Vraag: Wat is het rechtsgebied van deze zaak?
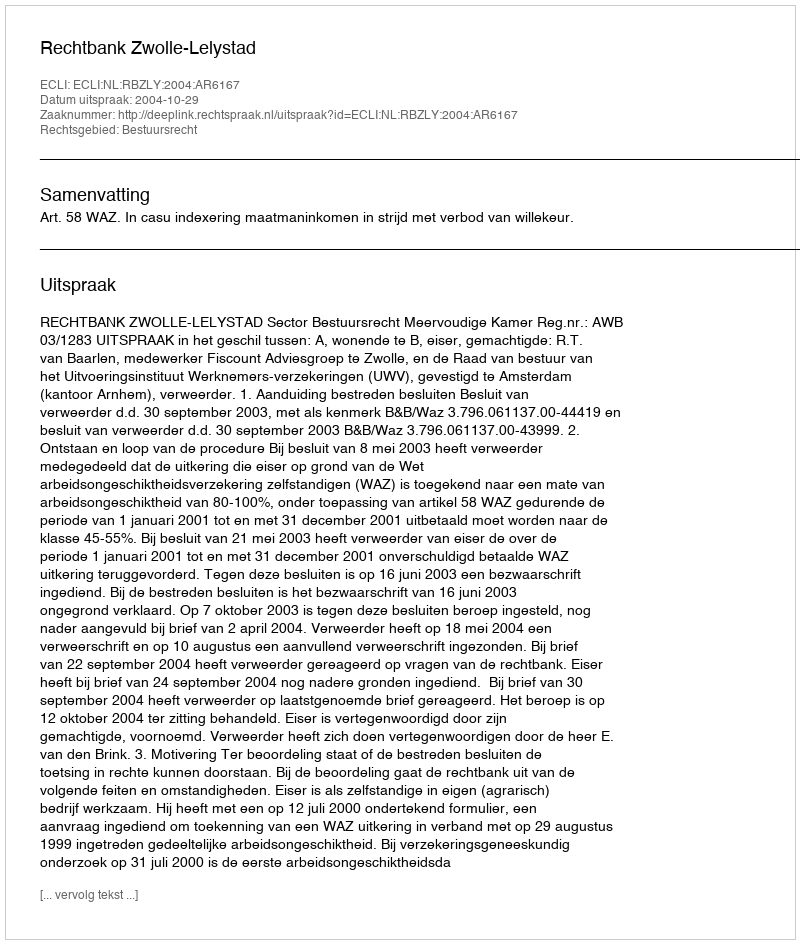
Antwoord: Bestuursrecht